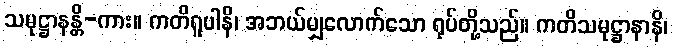
သမုဋ္ဌာနန္တိ-ကား။ ကတိရူပါနိ၊ အဘယ်မျှလောက်သော ရုပ်တို့သည်။ ကတိသမုဋ္ဌာနာနိ၊